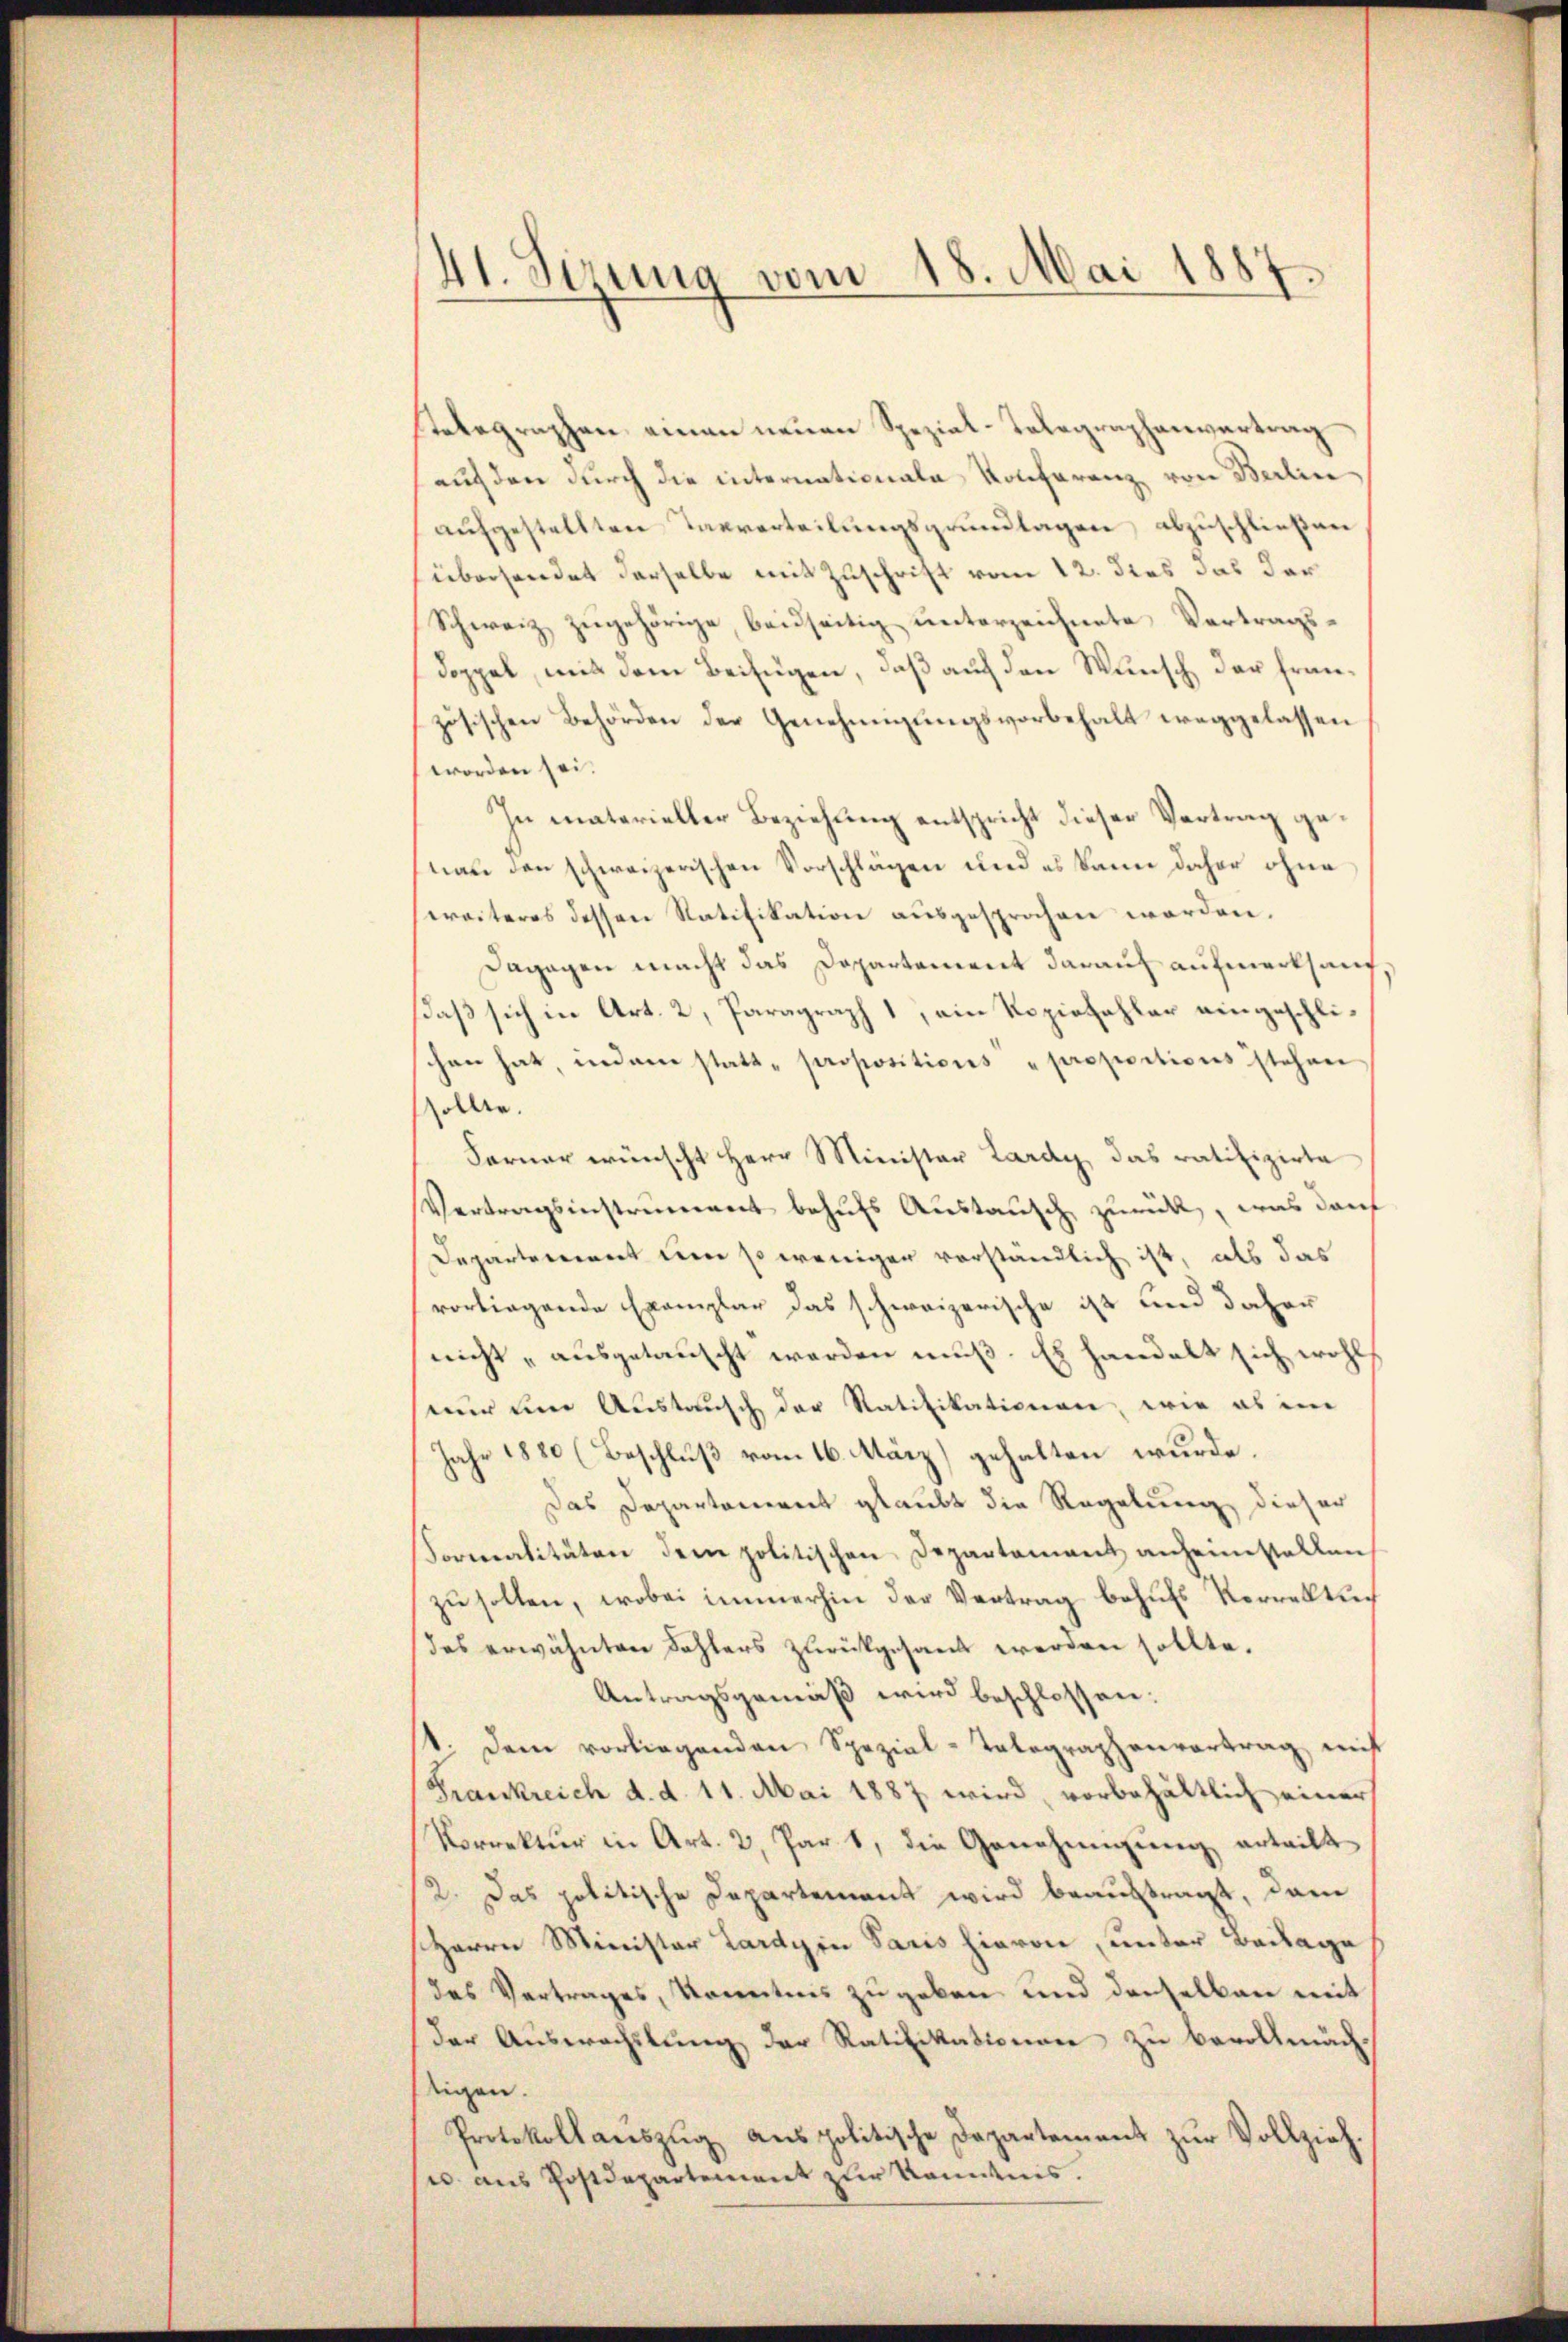
41. Sizung vom 18. Mai 1887.

Telegraphen einen neuen Spezial-Telegraphenvertrag
auf den durch die internationale Konferenz, von Berlin
aufgestellten Taverteilungsgrundlagen, abzuschließen
übersendet derselbe mit Zuschrift vom 12. dies das dar
Schweiz zŭgehörige, beidseitig ŭnterzeichnete Vertrags-
doppel, mit dem Beifügen, daß auf den Wunsch der französischen Behörden der Genehmigungsvorbehalt weggelassen
worden sei.
In materieller Beziehung entspricht dieser Vertrag genau den schweizerischen Vorschlägen und es kann daher ohne
weiteres dessen Ratifikation ausgesprochen worden.
Dagegen macht das Departement darauf aufmerksauf
daß sich in Art. 2, Paragraph 1, ein Roziezahler eingeschlichen hat, indem statt- propositions proportions stehen
sollte.
Ferner wünscht Herr Minister Lardy, das ratifizirte
Vertragsinstrument behufs Austausch zurück, was darf
Departement um so weniger vorständlich ist, als das
vorliegende Exemplar das schweizerische ist und daher
nicht „ausgetauscht werden muß. Es handelt sich wohl
nur um Austausch der Ratifikationen, wie es im
Jahr 1880 (Beschluß vom 16. März) gehalten wurde.
Das Departanereit glaubt die Regelung dieser
Formalitäten dem politischen Departement anheimstellen
zu sollen, wobei immerhin der Vertrag behufs Verrelltudes erwähnten Fehlers zurückgesandt werden sollte.
Antragsgemäß wird beschlossen:
1. dem vorliegenden Spezial-Tolographenvertrag mit
Frankreich d. d. 11. Mai 1887 wird, vorbehältlich einer
Norrektur in Art. 2, Pars, die Genehmigung erteilt
12. Das politische Departement wird beauftragt, dann
Herrn Minister Lardyin Paris hievon, unter Beilage
das Vertrages, konntens zugeben und denselben mit
der Auswachslung der Ratifikationen zu bevollmächeigen.
Protokoll aŭszŭg aŭs politische Departement zŭr Vollzieh
u. aus Postdepartement zur Kenntnis.